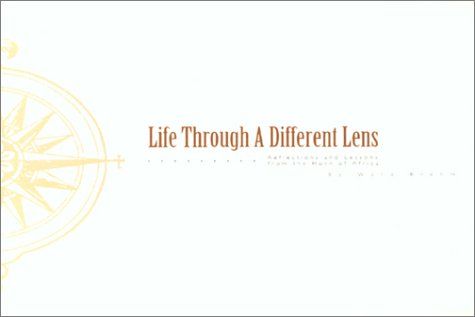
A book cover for Life Through a Different Lens: Reflections and Lessons from the Horn of Africa; Ward Brehm; Travel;